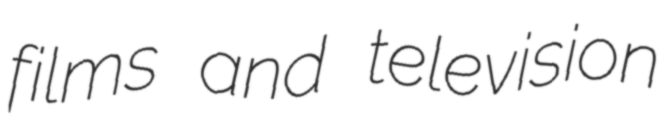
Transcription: films and television